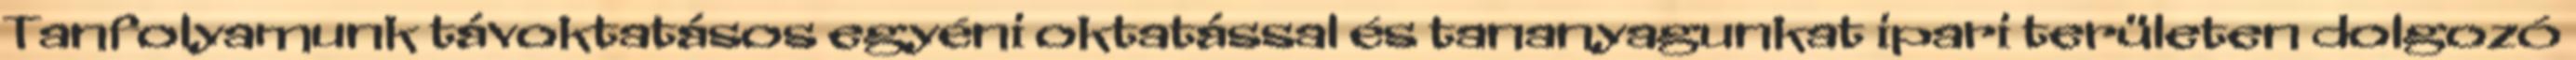
Tanfolyamunk távoktatásos egyéni oktatással és tananyagunkat ipari területen dolgozó